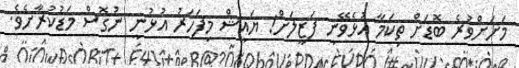
މަށަށްވުރެ ބޮޑަށް ތިކަމާ އުޅެވޭނީ ފަޒީލަށް! ޔައީޝް މިފަހަރު އުޅުނީ ނުގޮސް މަޑުކުރާށެވެ.